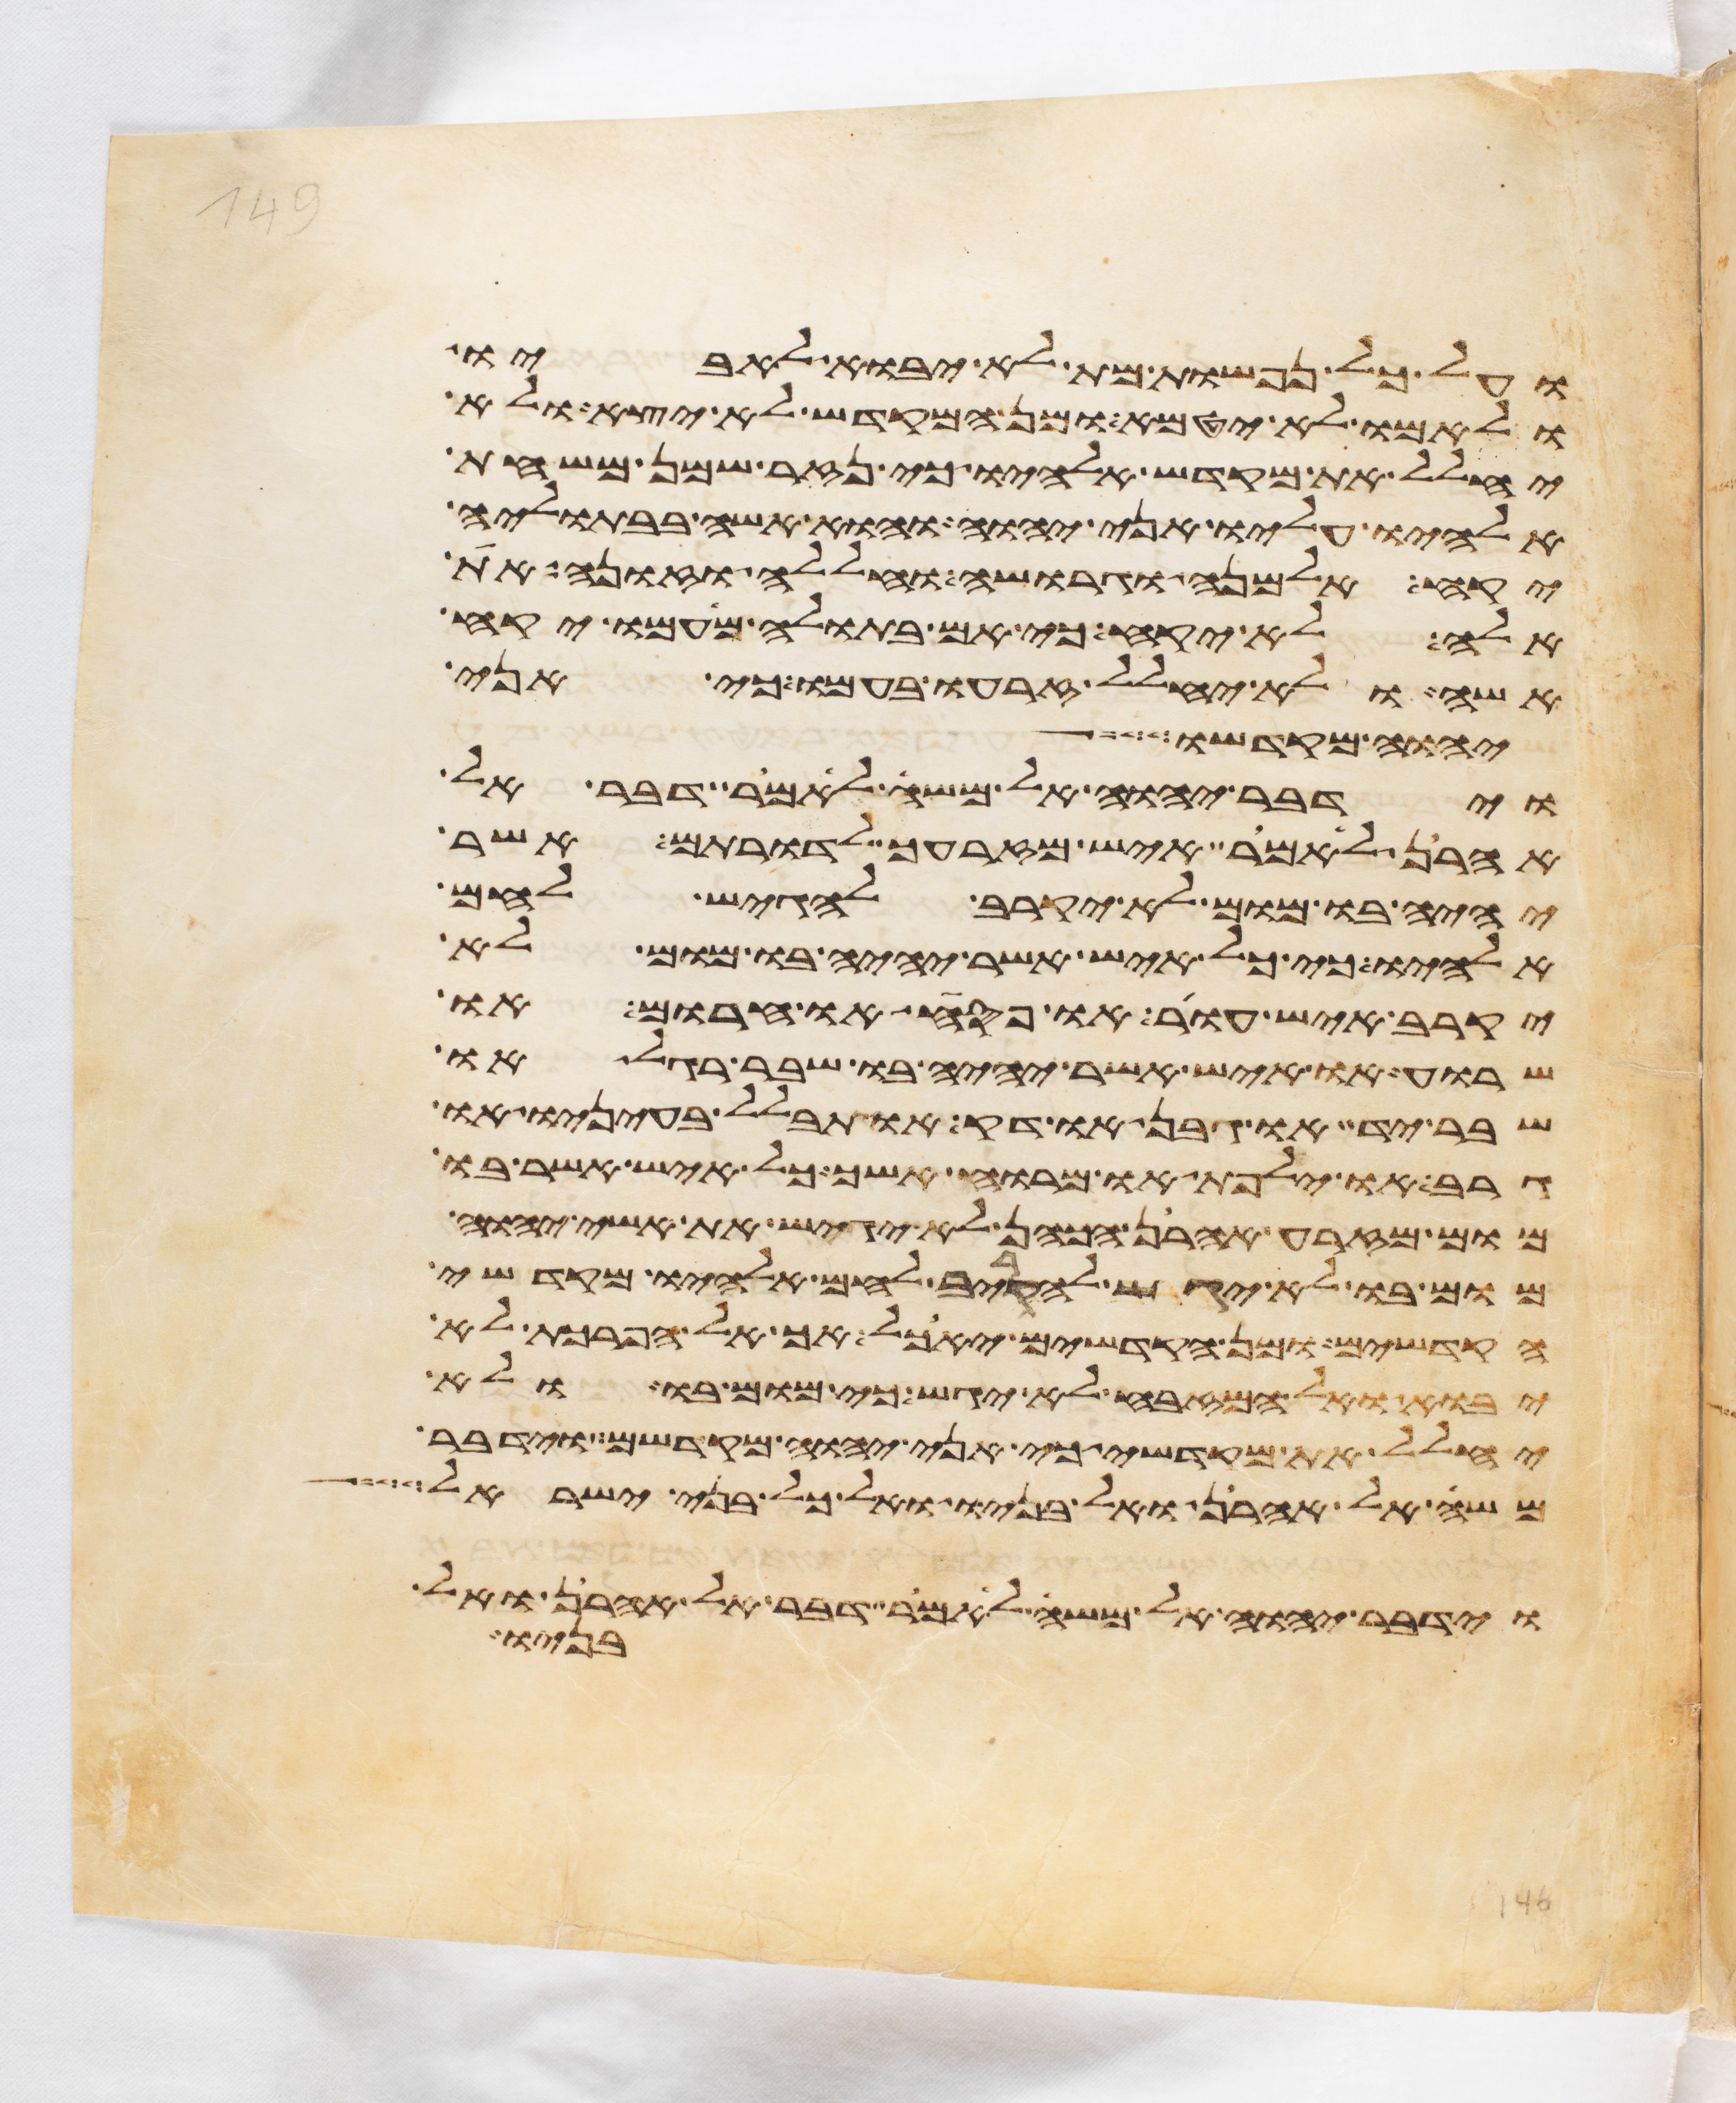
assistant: ועל כל נפשות מת לא יבוא לאביו
ולאמו לא יטמא ומן המקדש לא יצא ולא
יחלל את מקדש אלהיו כי נזר שמן משחת
אלהיו עליו אני יהוה והוא אשה בבתוליה
יקח אלמנה וגרושה וחללה וזונה את
אלה לא יקח כי אם בתולה מעמו יקח
אשה ולא יחלל זרעו בעמו כי אני
יהוה מקדשו
וידבר יהוה אל משה לאמר דבר אל
אהרן לאמר איש מזרעך לדרותם אשר
יהיה בו מום לא יקרב להגיש לחם
אלהיו כי כל איש אשר יהיה בו מום לא
יקרב איש עור או פסח או חרום או
שרוע או איש אשר יהיה בו שבר רגל או
שבר יד או גבן או דק או תבלל בעיניו או
גרב או ילפת או מרוח אשך כל איש אשר בו
מום מזרע אהרן הכהן לא יגיש את אשי יהוה
מום בו לא יגש להקריב לחם אלהיו מקדשי
הקדשים ומן הקדשים יאכל אך אל הפרכת לא
יבוא ואל המזבח לא יגש כי מום בו ולא
יחלל את מקדשי כי אני יהוה מקדשם וידבר
משה אל אהרן ואל בניו ואל כל בני ישראל
וידבר יהוה אל משה לאמר דבר אל אהרן ואל
בניו